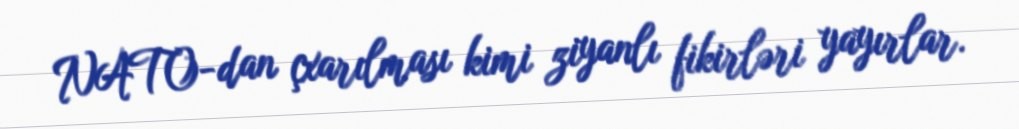
NATO-dan çxarılması kimi ziyanlı fikirləri yayırlar.